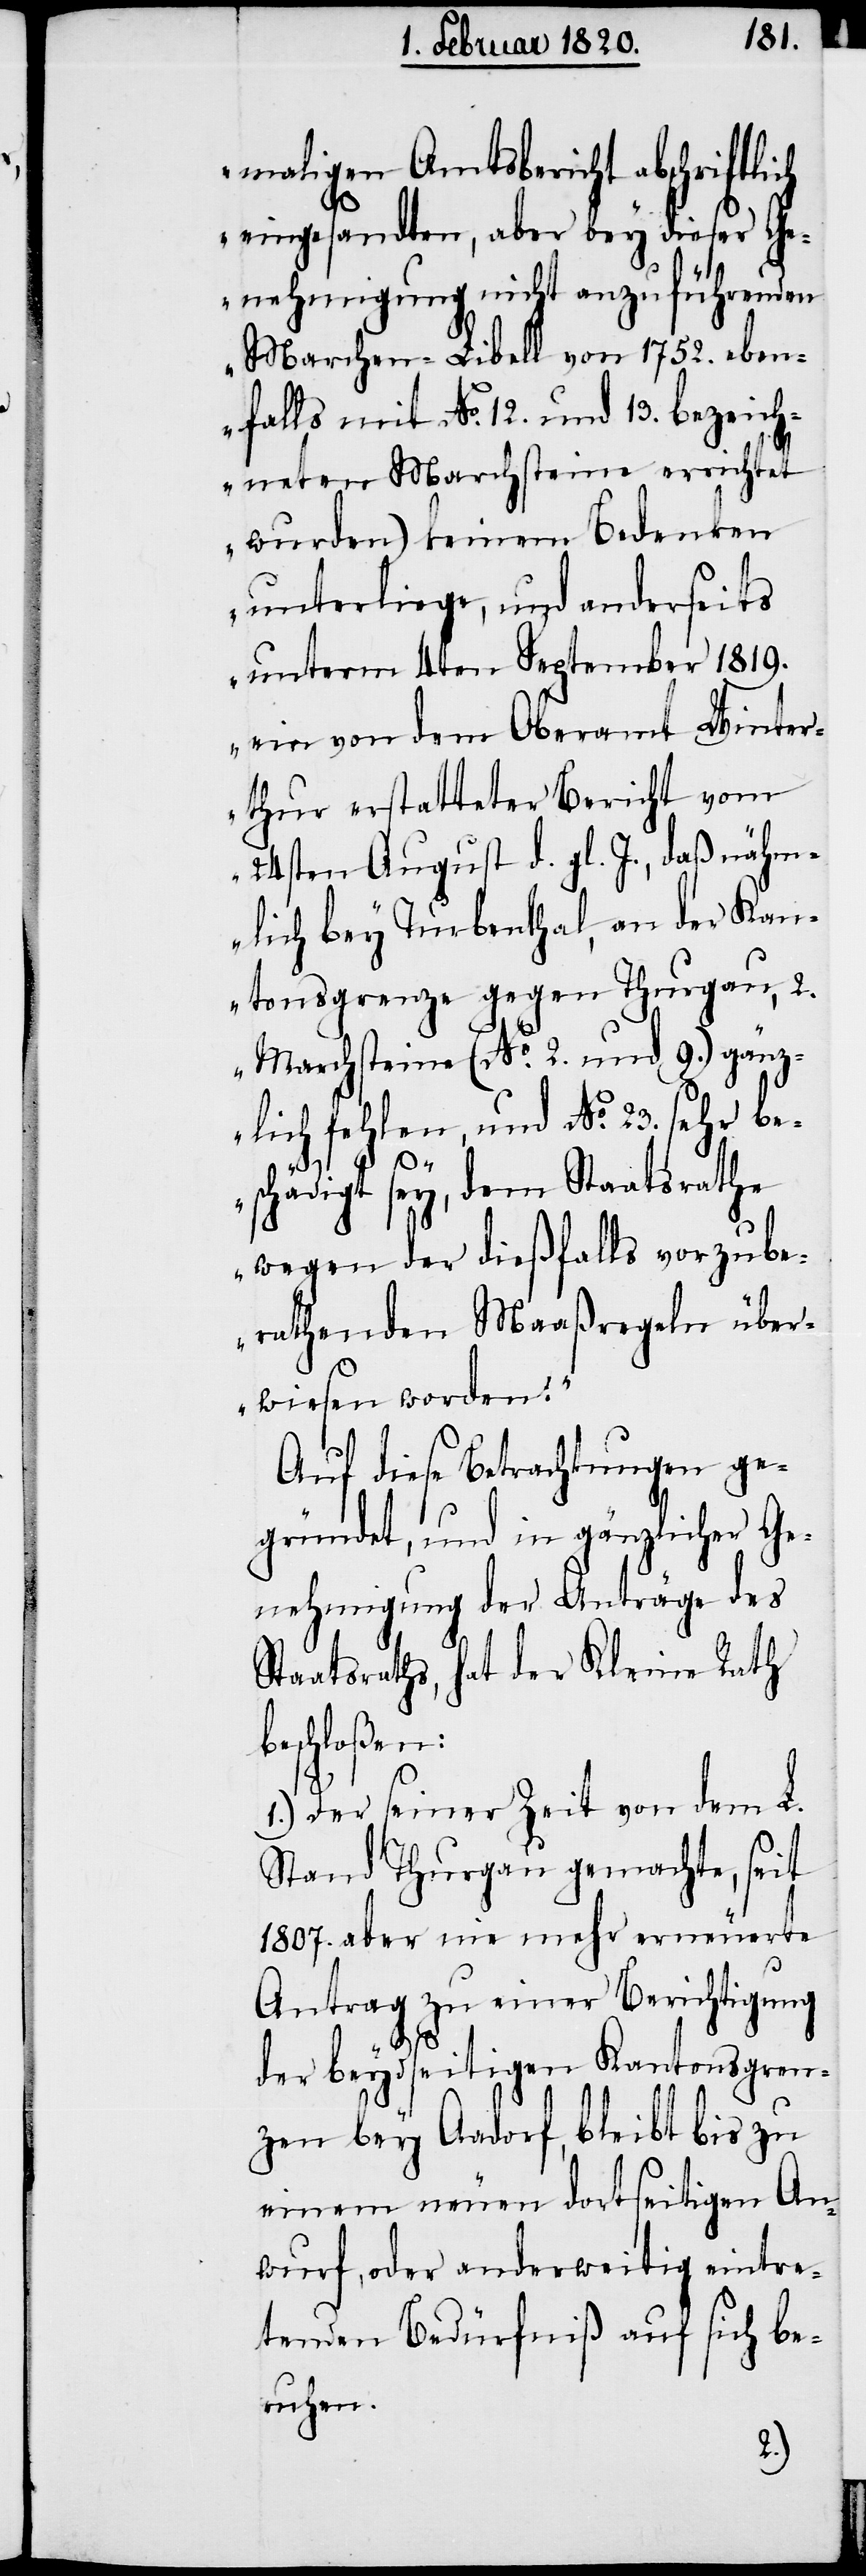
maligen Amtsbericht abschriftlich
eingesandten, aber bey dieser Ge¬
nehmigung nicht anzuführenden
Marchen-Libell von 1752. eben¬
falls mit No. 12. und 13. bezeich¬
neten Marchsteine errichtet
wurden) keinem Bedenken
unterliege, und anderseits
unterm 4ten September 1819.
ein von dem Oberamt Winter¬
thur erstatteter Bericht vom
24sten August d. gl. J., daß nähm¬
lich bey Turbenthal, an der Kan¬
tonsgrenze gegen Thurgau, 2.
Marchsteine (No. 2. und 9.) gänz¬
lich fehlen, und No. 23. sehr be¬
schädigt sey, dem Staatsrathe
wegen der dießfalls vorzube¬
rathenden Maaßregeln über¬
wiesen worden.“
Auf diese Betrachtungen ge¬
gründet, und in gänzlicher Ge¬
nehmigung der Anträge des
Staatsraths, hat der Kleine Rath
eschloßen:
1.) Der seiner Zeit von dem L.
Stand Thurgau gemachte, seit
1807. aber nie mehr erneuerte
Antrag zu einer Berichtigung
der beydseitigen Kantonsgren¬
zen bey Aadorf, bleibt bis zu
einem neuen dortseitigen An¬
wurf, oder anderweitig eintre¬
tenden Bedürfniß auf sich be¬
ruhen.
b¬